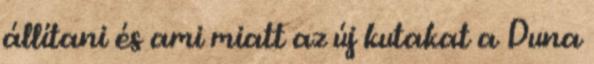
állítani és ami miatt az új kutakat a Duna